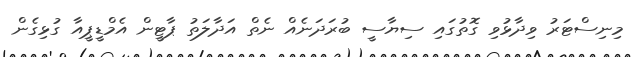
މިނިސްޓަރު ވިދާޅުވި ގޮތުގައި ސިޔާސީ ބުރަދަނެއް ނެތް އަދާލަތު ޕާޓީން އެމްޑީޕީއާ ގުޅިގެން